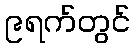
၉ရက်တွင်